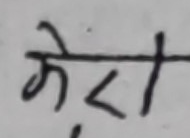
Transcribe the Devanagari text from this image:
के.टी